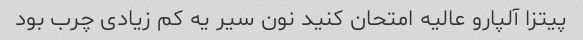
پیتزا آلپارو عالیه امتحان کنید نون سیر یه کم زیادی چرب بود